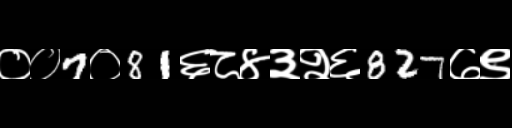
Text: ००7०81६८४३२६827७९